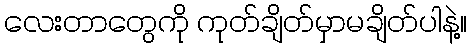
လေးတာတွေကို ကုတ်ချိတ်မှာမချိတ်ပါနဲ့။